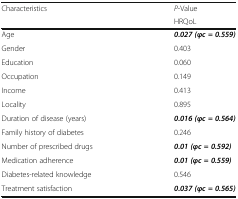
<table><thead><tr><td rowspan="2"><b>Characteristics</b></td><td><b><i>P</i>-Value</b></td></tr><tr><td><b>HRQoL</b></td></tr></thead><tbody><tr><td>Age</td><td><b><i>0.027 (φc = 0.559)</i></b></td></tr><tr><td>Gender</td><td>0.403</td></tr><tr><td>Education</td><td>0.060</td></tr><tr><td>Occupation</td><td>0.149</td></tr><tr><td>Income</td><td>0.413</td></tr><tr><td>Locality</td><td>0.895</td></tr><tr><td>Duration of disease (years)</td><td><b><i>0.016 (φc = 0.564)</i></b></td></tr><tr><td>Family history of diabetes</td><td>0.246</td></tr><tr><td>Number of prescribed drugs</td><td><b><i>0.01 (φc = 0.592)</i></b></td></tr><tr><td>Medication adherence</td><td><b><i>0.01 (φc = 0.559)</i></b></td></tr><tr><td>Diabetes-related knowledge</td><td>0.546</td></tr><tr><td>Treatment satisfaction</td><td><b><i>0.037 (φc = 0.565)</i></b></td></tr></tbody></table>